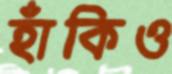
হাঁকিও